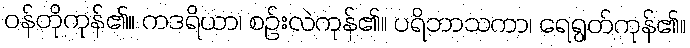
ဝန်တိုကုန်၏။ ကဒရိယာ၊ စဉ်းလဲကုန်၏။ ပရိဘာသကာ၊ ရေရွတ်ကုန်၏။